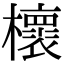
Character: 櫰